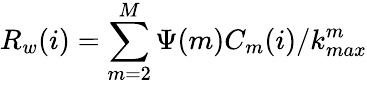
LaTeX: R_{w}(i)=\sum_{m=2}^{M}\Psi(m)C_{m}(i)/k_{max}^{m}